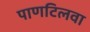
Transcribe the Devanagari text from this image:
पाणटिलवा